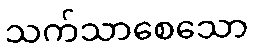
သက်သာစေသော